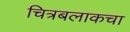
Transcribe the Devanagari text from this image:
चित्रबलाकचा